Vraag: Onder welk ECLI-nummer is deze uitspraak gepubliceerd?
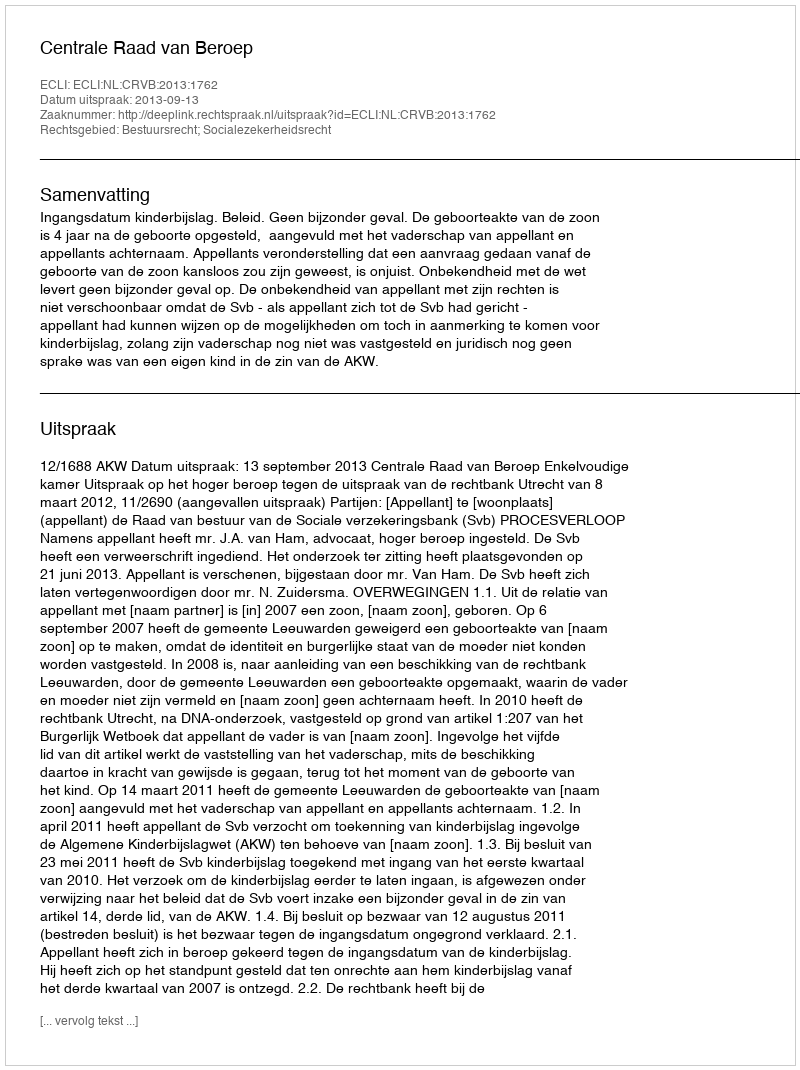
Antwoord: ECLI:NL:CRVB:2013:1762